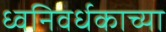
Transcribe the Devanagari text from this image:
ध्वनिवर्धकाच्या